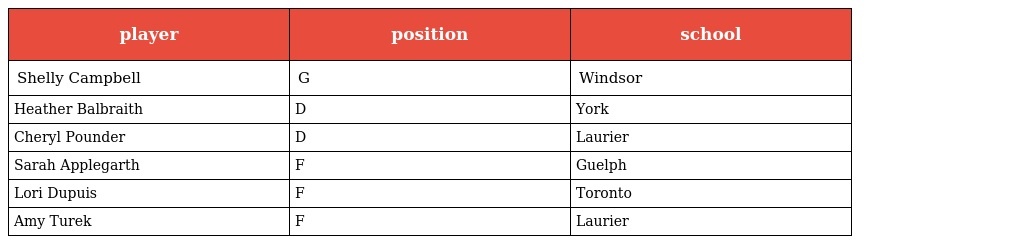
| player | position | school |
 | --- | --- | --- |
 | Shelly Campbell | G | Windsor |
 | Heather Balbraith | D | York |
 | Cheryl Pounder | D | Laurier |
 | Sarah Applegarth | F | Guelph |
 | Lori Dupuis | F | Toronto |
 | Amy Turek | F | Laurier |